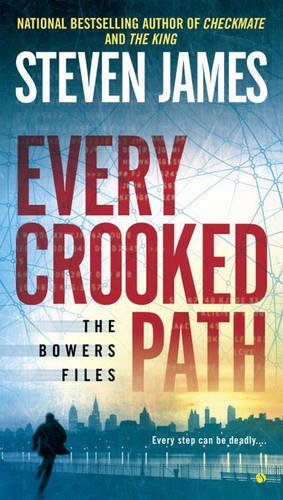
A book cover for Every Crooked Path: The Bowers Files; Steven James; Mystery, Thriller & Suspense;